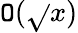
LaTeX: \mathtt{O}({\sqrt{}{{x}}})